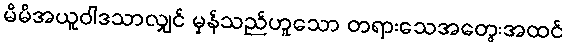
မိမိအယူဝါဒသာလျှင် မှန်သည်ဟူသော တရားသေအတွေးအထင်